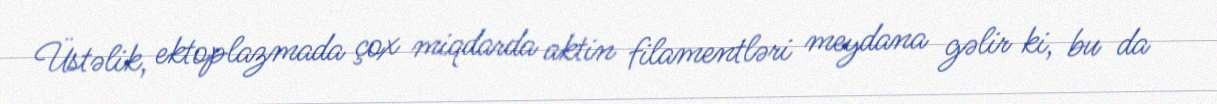
Üstəlik, ektoplazmada çox miqdarda aktin filamentləri meydana gəlir ki, bu da